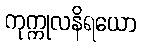
ကုက္ကုလနိရယော